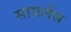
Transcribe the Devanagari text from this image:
सायलेंस